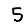
Digit: 5